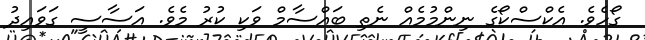
ގޯހެވެ. އެކްސްކޯގެ ނިންމުމެއް ނެތި ބައްސާމް ވަކި ކުރު މެވެ. އަސާސީ ގަވައިދު